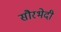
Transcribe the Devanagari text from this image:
सौरभेदी